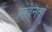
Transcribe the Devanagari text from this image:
बावनवां